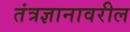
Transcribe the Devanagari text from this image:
तंत्रज्ञानावरील